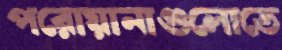
পরোয়ানাগুলোতে